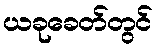
ယခုခေတ်တွင်